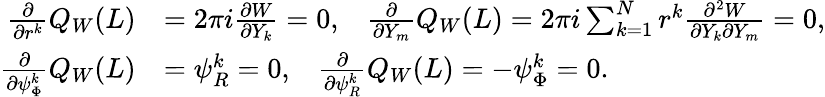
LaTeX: \begin{array}{rl}{\frac{\partial}{\partial r^{k}}Q_{W}(L)}&{=2\pi i\frac{\partial W}{\partial Y_{k}}=0,\; \; \; \frac{\partial}{\partial Y_{m}}Q_{W}(L)=2\pi i\sum_{k=1}^{N}r^{k}\frac{\partial^{2}W}{\partial Y_{k}\partial Y_{m}}=0,}\\ {\frac{\partial}{\partial\psi_{\Phi}^{k}}Q_{W}(L)}&{=\psi_{R}^{k}=0,\; \; \; \frac{\partial}{\partial\psi_{R}^{k}}Q_{W}(L)=-\psi_{\Phi}^{k}=0.}\end{array}